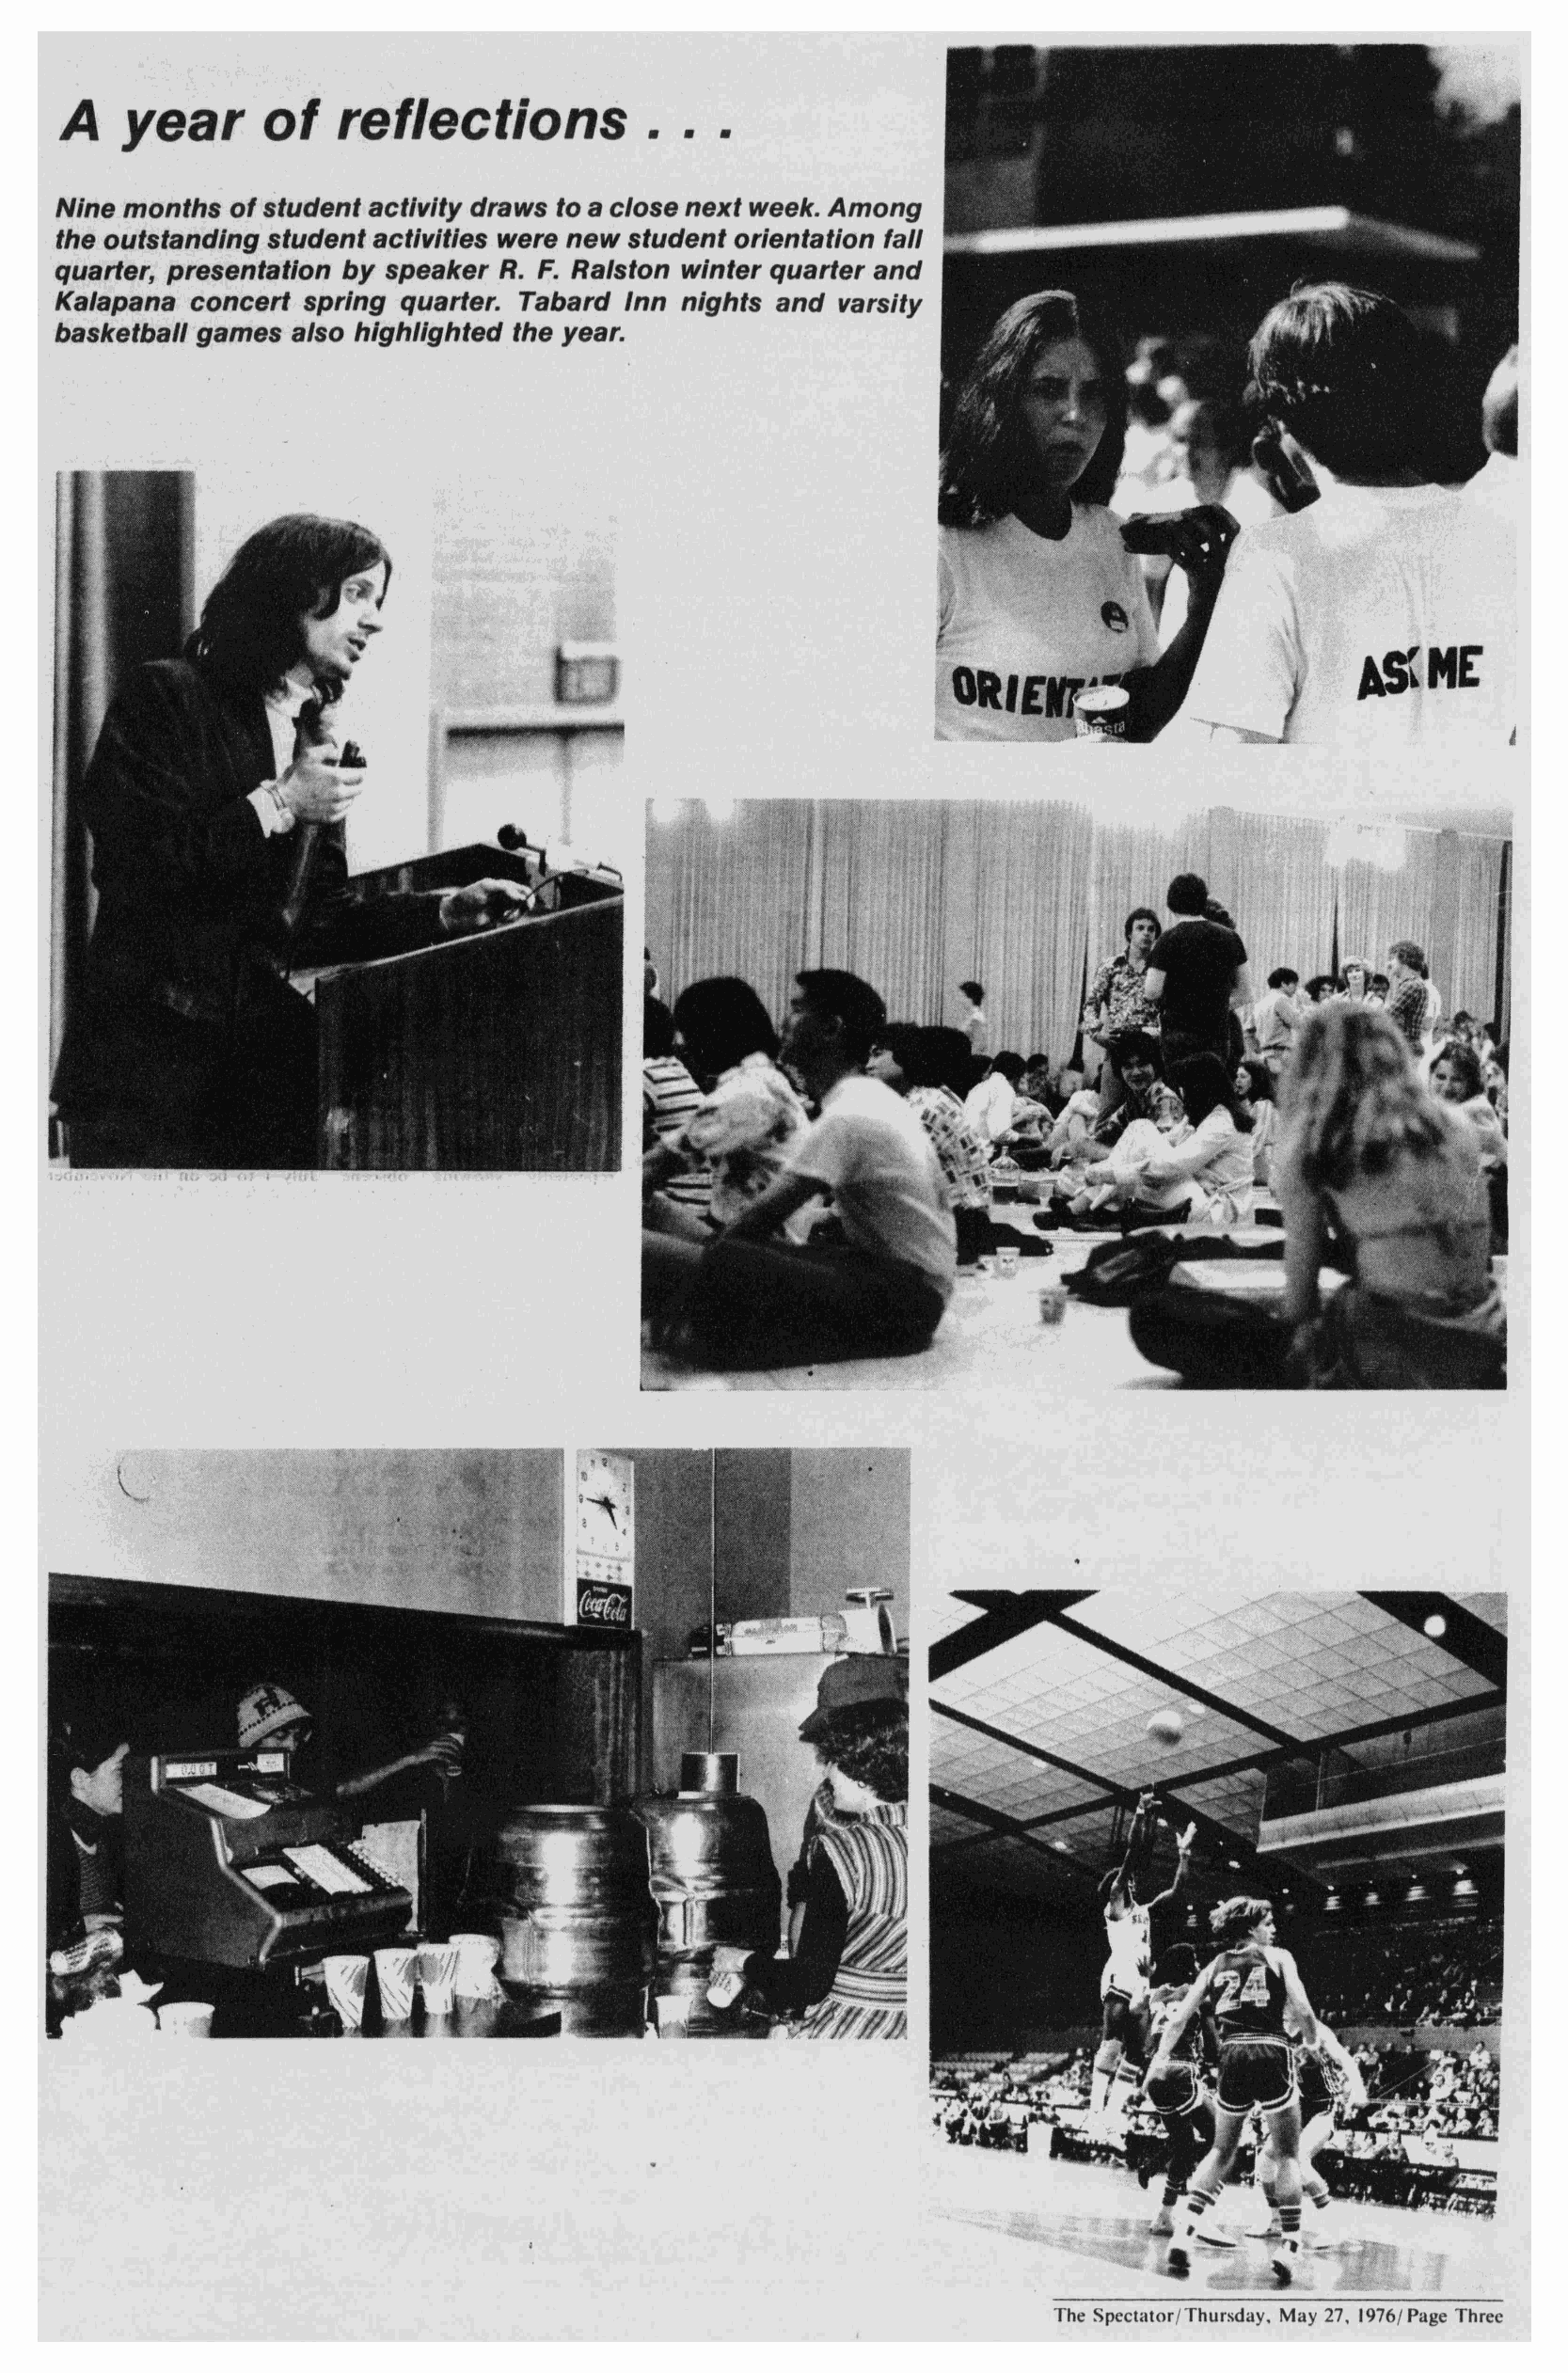
...
 A   year      of   reflections
 Ninemonths  ofstudentactivity draws toaclosenext week.Among
 theoutstandingstudentactivities werenewstudentorientation fall
 quarter,presentationby speaker R. F. Ralston winter quarterand
 Kalapana concert spring quarter. Tabard Inn nights and varsity
 basketballgames also highlighted the year.
 The Spectator/Thursday,May 27, 1976/
 3